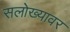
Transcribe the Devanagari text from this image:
सलोख्यावर